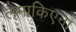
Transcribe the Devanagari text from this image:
लैमाकिएना